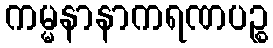
ကမ္မနာနာကရဏပဉ္စ